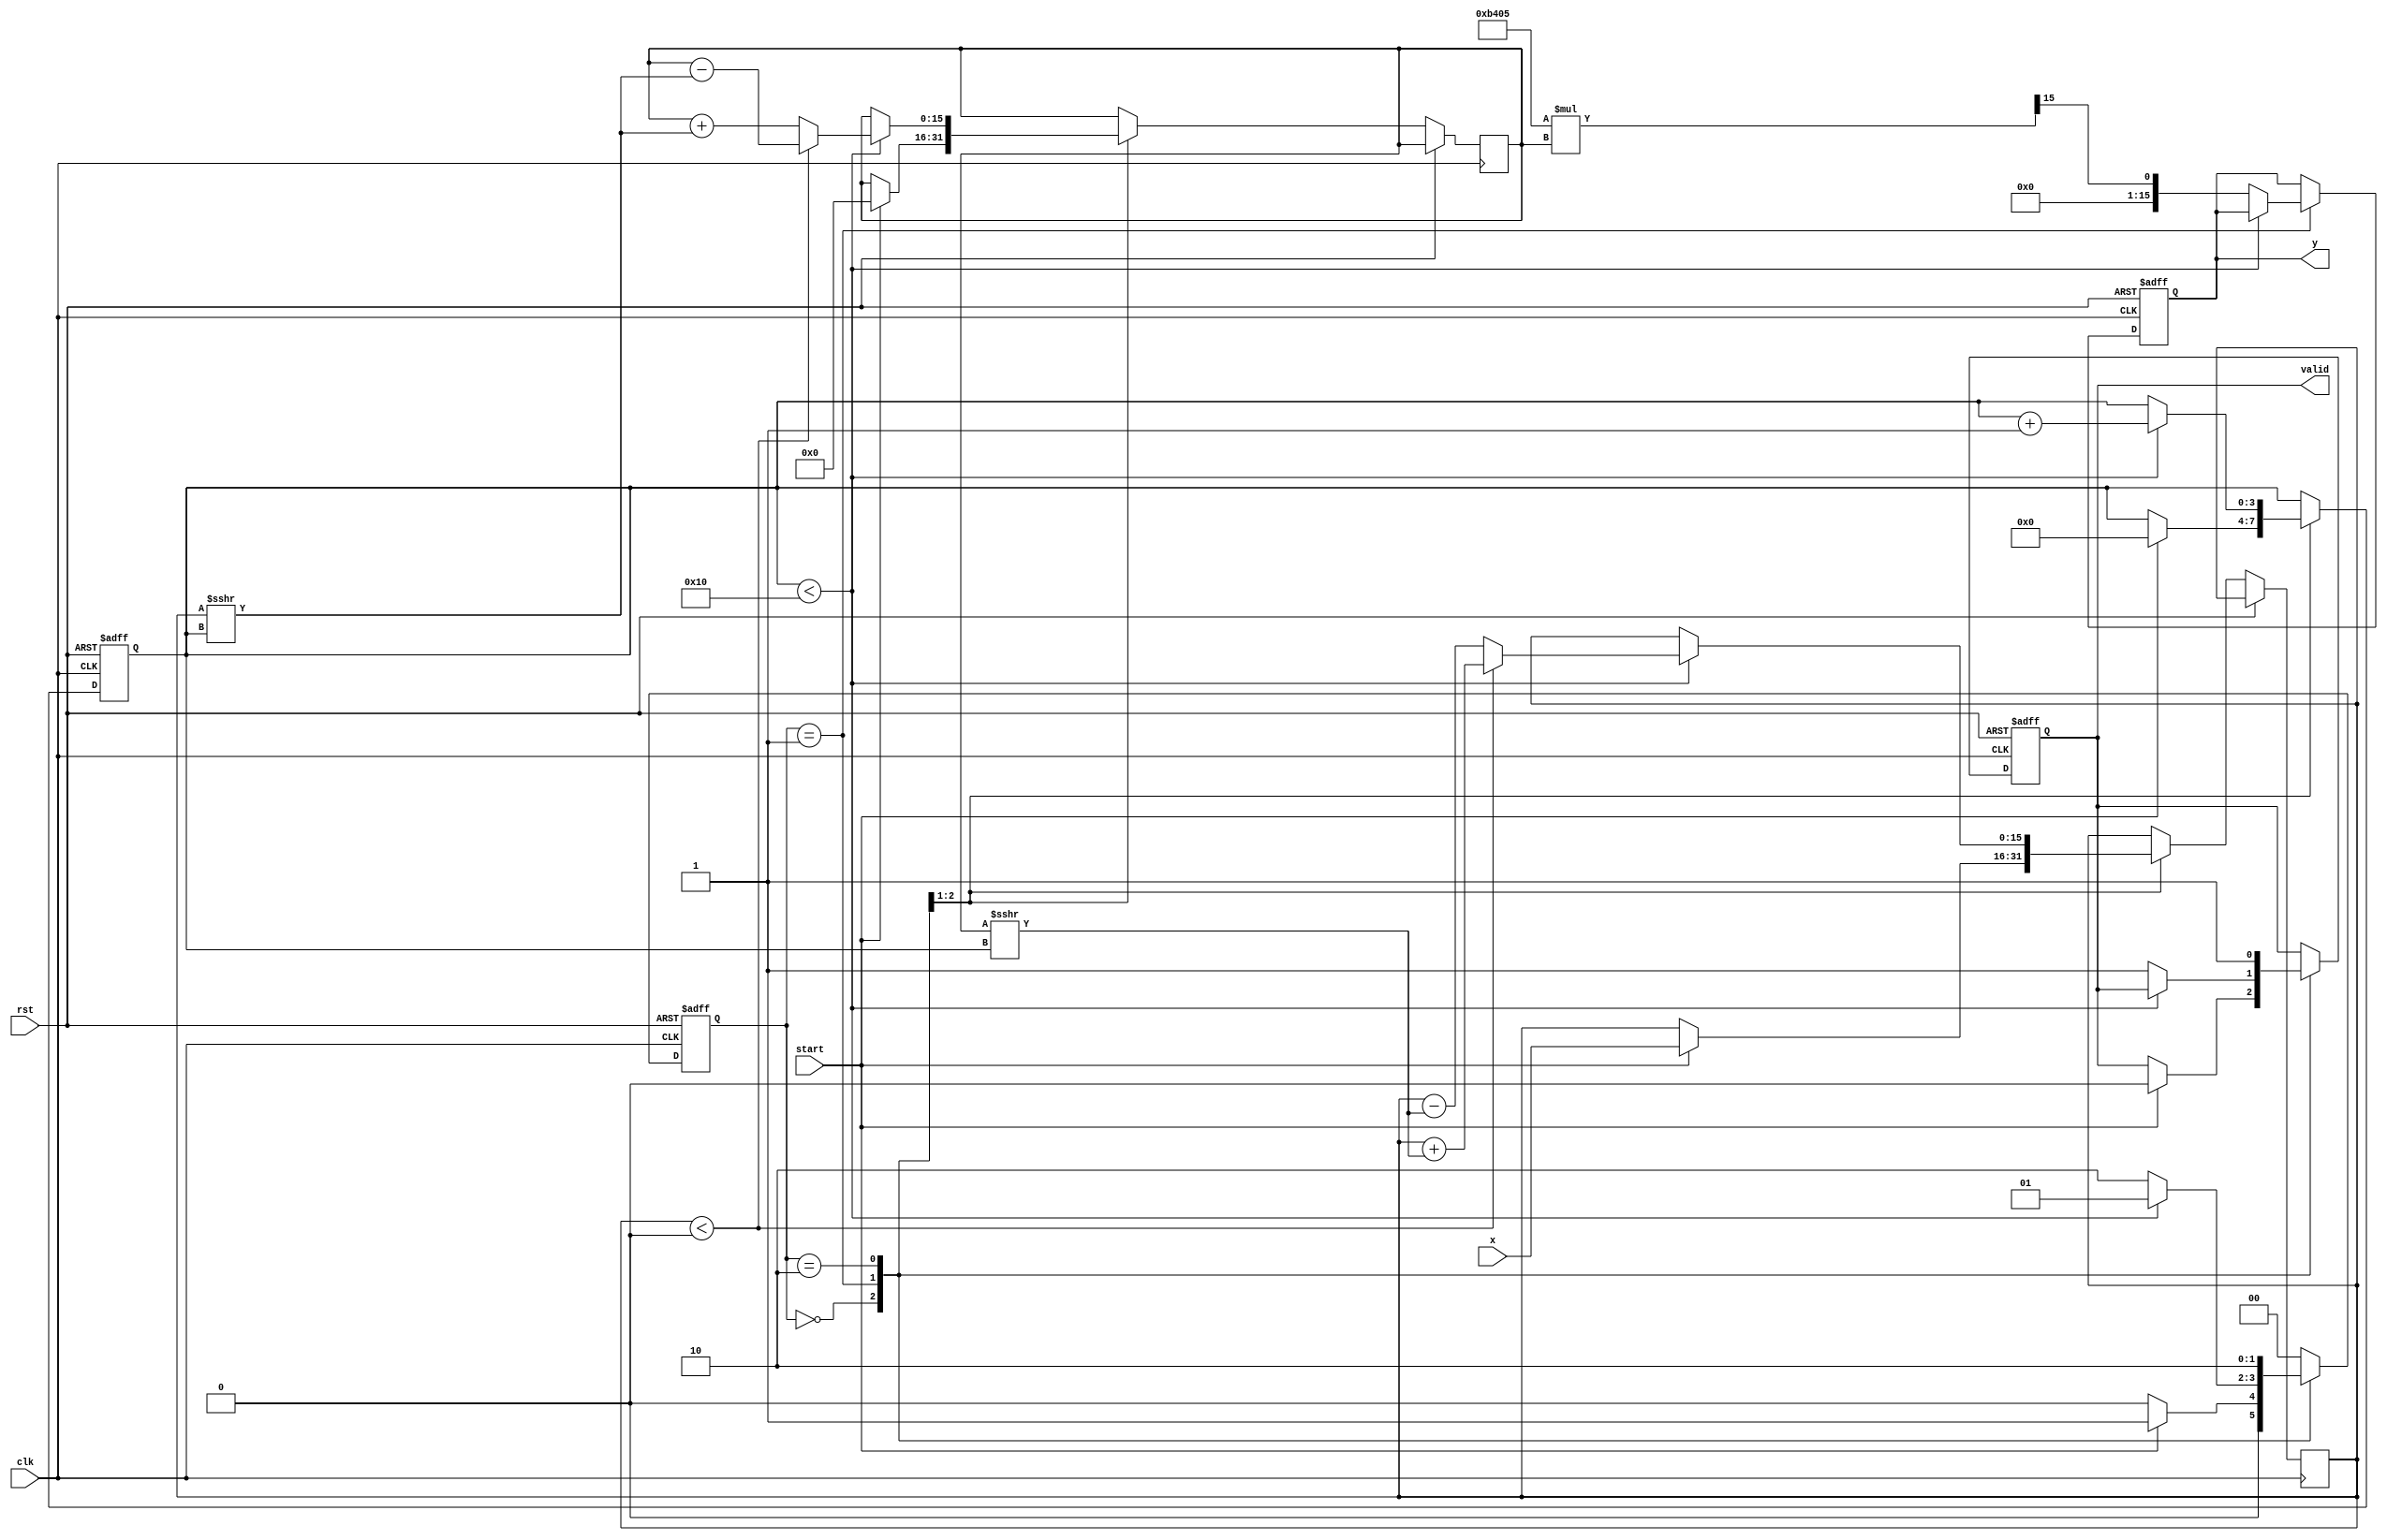
module cordic_reciprocal (
    input  wire        clk,      // Clock signal
    input  wire        rst,      // Asynchronous reset
    input  wire        start,    // Start signal
    input  wire [15:0] x,        // Fixed-point input value (non-zero)
    output reg  [15:0] y,        // Fixed-point reciprocal output
    output reg         valid      // Valid output signal
);

    parameter NUM_ITERATIONS = 16; // Number of CORDIC iterations
    parameter SCALING_FACTOR = 16'hB405; // Precomputed scaling factor (approx. 1.64676)

    // State definitions
    localparam IDLE = 2'b00, COMPUTE = 2'b01, DONE = 2'b10;
    reg [1:0] state, next_state;

    // Internal registers
    reg [15:0] z;            // Angle for the CORDIC rotation
    reg [15:0] x_curr;       // Current x value
    reg [15:0] y_curr;       // Current y value
    reg [3:0] iteration;     // Iteration counter

    // CORDIC angle table (in fixed-point format)
    reg [15:0] atan_table[0:NUM_ITERATIONS-1];

    initial begin
        // Precompute arctangent values for CORDIC rotations
        atan_table[0] = 16'h4000; // atan(1) = /4 in fixed-point
        atan_table[1] = 16'h2000; // atan(0.5) = /6 in fixed-point
        atan_table[2] = 16'h1333; // atan(0.3333...) in fixed-point
        atan_table[3] = 16'h0A3D; // atan(0.25) in fixed-point
        // Continue filling the table for more iterations if needed
        // ...
    end

    always @(posedge clk or posedge rst) begin
        if (rst) begin
            state <= IDLE;
            valid <= 0;
            y <= 0;
            iteration <= 0;
        end else begin
            state <= next_state;
            case (state)
                IDLE: begin
                    if (start) begin
                        // Initialize registers
                        x_curr <= x;
                        y_curr <= 0; // Initial y value
                        z <= 0; // Initial angle
                        iteration <= 0;
                        valid <= 0;
                    end
                end
                COMPUTE: begin
                    // CORDIC iterations
                    if (iteration < NUM_ITERATIONS) begin
                        if (x_curr < 0) begin
                            // Perform rotation in the negative direction
                            x_curr <= x_curr + (y_curr >>> iteration);
                            y_curr <= y_curr - (x_curr >>> iteration);
                            z <= z - atan_table[iteration];
                        end else begin
                            // Perform rotation in the positive direction
                            x_curr <= x_curr - (y_curr >>> iteration);
                            y_curr <= y_curr + (x_curr >>> iteration);
                            z <= z + atan_table[iteration];
                        end
                        iteration <= iteration + 1;
                    end else begin
                        // Finalize output
                        y <= (SCALING_FACTOR * y_curr) >>> (NUM_ITERATIONS - 1);
                        valid <= 1;
                    end
                end
                DONE: begin
                    // Remain in DONE state until reset
                    valid <= 1;
                end
            endcase
        end
    end

    always @(*) begin
        case (state)
            IDLE: next_state = start ? COMPUTE : IDLE;
            COMPUTE: next_state = (iteration < NUM_ITERATIONS) ? COMPUTE : DONE;
            DONE: next_state = DONE;
            default: next_state = IDLE;
        endcase
    end

endmodule